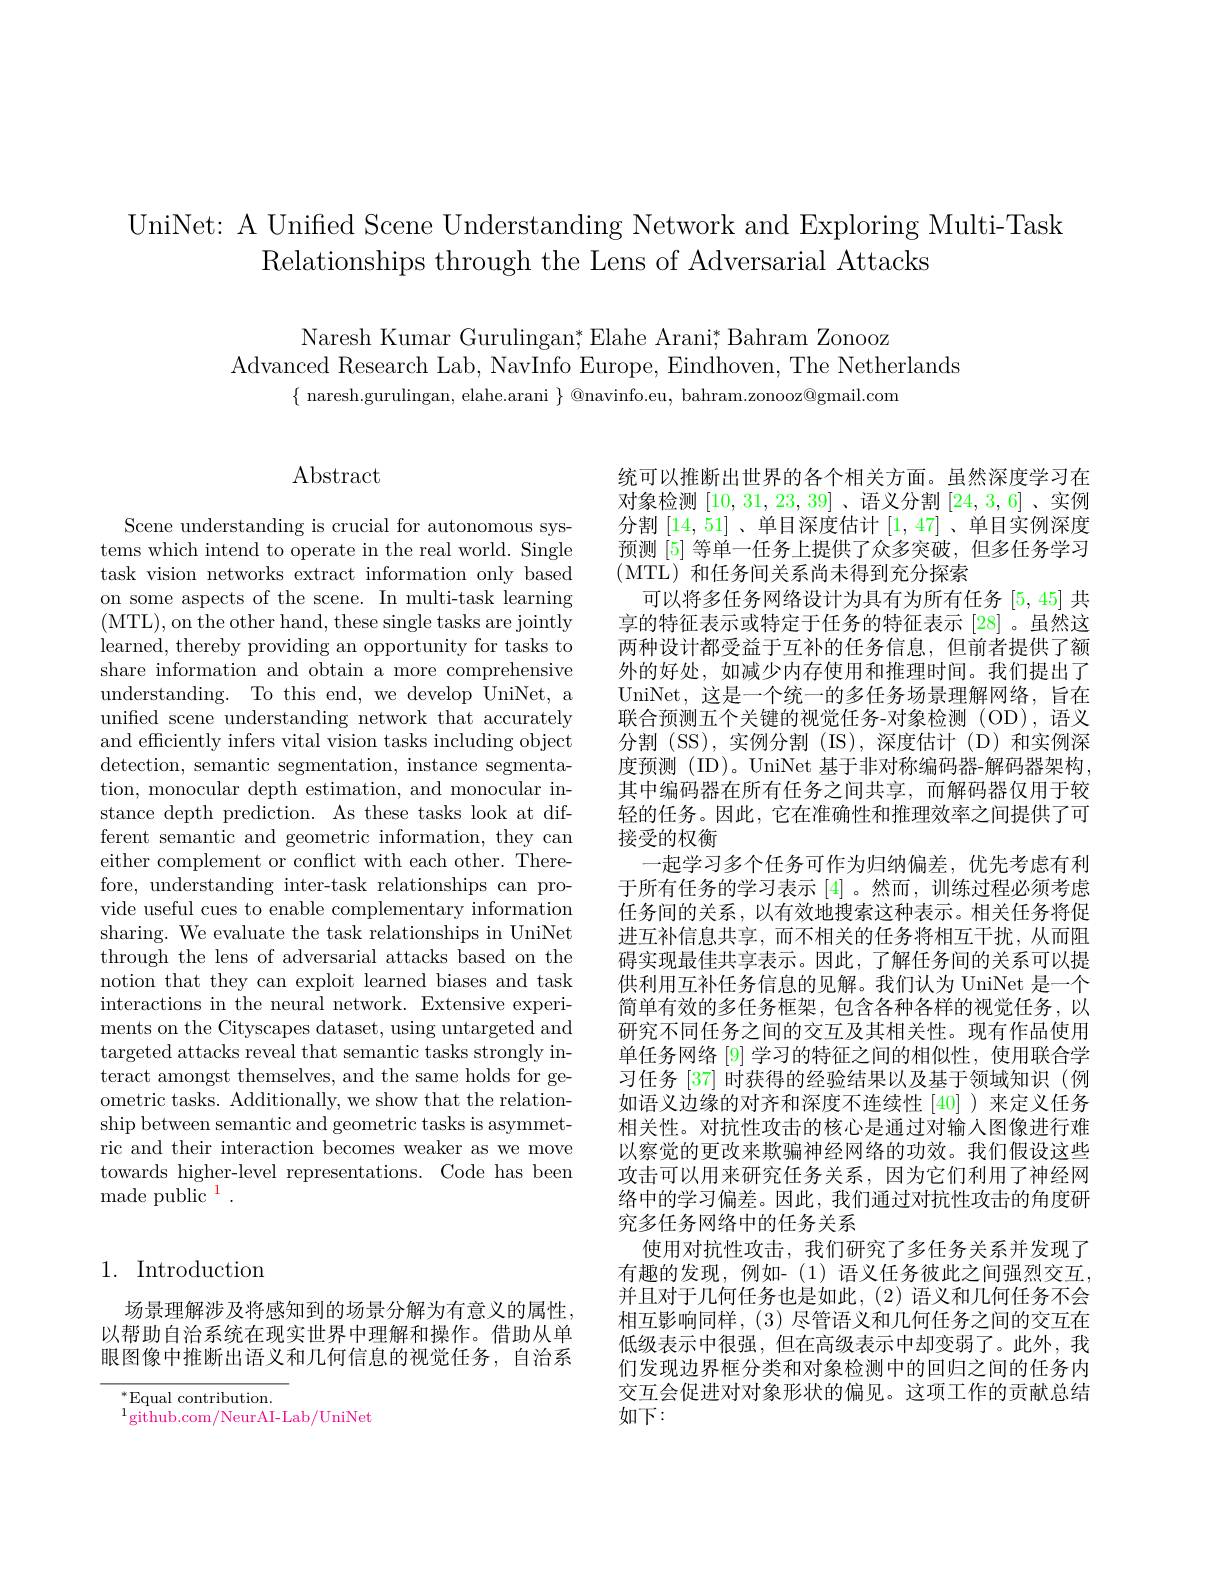
UniNet: A Unified Scene Understanding Network and Exploring Multi-Task
Relationships through the Lens of Adversarial Attacks

Naresh Kumar Gurulingan; Elahe Arani; Bahram Zonooz
Advanced Research Lab, NavInfo Europe, Eindhoven, The Netherlands
$\{$ naresh.gurulingan, elahe.arani $\}$ @navinfo.eu, bahram.zonooz@gmail.com

## $\operatorname{Abstract}$

Scene understanding is crucial for autonomous systems which intend to operate in the real world. Single task vision networks extract information only based on some aspects of the scene. In multi-task learning (MTL),on the other hand, these single tasks are jointly learned, thereby providing an opportunity for tasks to share information and obtain a more comprehensive understanding. To this end, we develop UniNet, a unified scene understanding network that accurately and efficiently infers vital vision tasks including object detection, semantic segmentation, instance segmentation, monocular depth estimation, and monocular instance depth prediction. As these tasks look at different semantic and geometric information, they can either complement or conflict with each other. Therefore, understanding inter-task relationships can provide useful cues to enable complementary information sharing. We evaluate the task relationships in UniNet through the lens of adversarial attacks based on the notion that they can exploit learned biases and task interactions in the neural network. Extensive experiments on the Cityscapes dataset, using untargeted and targeted attacks reveal that semantic tasks strongly interact amongst themselves, and the same holds for geometric tasks. Additionally, we show that the relationship between semantic and geometric tasks is asymmetric and their interaction becomes weaker as we move towards higher-level representations. Code has been made public $^{\mathrm{1}}.$

## 1. Introduction

场景理解涉及将感知到的场景分解为有意义的属性， 以帮助自治系统在现实世界中理解和操作。借助从单眼图像中推断出语义和几何信息的视觉任务，自治系

$^*$Equal contribution.
$^{1}$github.com/NeurAI-Lab/UniNet

统可以推断出世界的各个相关方面。虽然深度学习在对象检测[10,31,23,39] 、语义分割[24,3,6] 、实例分割[14,51]、单目深度估计[1,47]、单目实例深度预测 [5] 等单一任务上提供了众多突破，但多任务学习(MTL)和任务间关系尚未得到充分探索
可以将多任务网络设计为具有为所有任务[5,45]共享的特征表示或特定于任务的特征表示 [28]。虽然这两种设计都受益于互补的任务信息，但前者提供了额外的好处，如减少内存使用和推理时间。我们提出了UniNet, 这是一个统一的多任务场景理解网络，旨在联合预测五个关键的视觉任务-对象检测(OD),语义分割 (SS),实例分割 (IS),深度估计 (D)和实例深度预测(ID)。UniNet 基于非对称编码器-解码器架构， 其中编码器在所有任务之间共享，而解码器仅用于较轻的任务。因此，它在准确性和推理效率之间提供了可接受的权衡
一起学习多个任务可作为归纳偏差，优先考虑有利于所有任务的学习表示[4] 。然而，训练过程必须考虑任务间的关系，以有效地搜索这种表示。相关任务将促进互补信息共享，而不相关的任务将相互干扰，从而阻碍实现最佳共享表示。因此，了解任务间的关系可以提供利用互补任务信息的见解。我们认为 UniNet 是一个简单有效的多任务框架，包含各种各样的视觉任务，以研究不同任务之间的交互及其相关性。现有作品使用单任务网络[9]学习的特征之间的相似性，使用联合学习任务 [37] 时获得的经验结果以及基于领域知识 (例如语义边缘的对齐和深度不连续性[40])来定义任务相关性。对抗性攻击的核心是通过对输入图像进行难以察觉的更改来欺骗神经网络的功效。我们假设这些攻击可以用来研究任务关系，因为它们利用了神经网络中的学习偏差。因此，我们通过对抗性攻击的角度研究多任务网络中的任务关系
使用对抗性攻击，我们研究了多任务关系并发现了有趣的发现，例如-(1)语义任务彼此之间强烈交互， 并且对于几何任务也是如此，(2)语义和几何任务不会相互影响同样，(3)尽管语义和几何任务之间的交互在低级表示中很强，但在高级表示中却变弱了。此外，我们发现边界框分类和对象检测中的回归之间的任务内交互会促进对对象形状的偏见。这项工作的贡献总结如下：